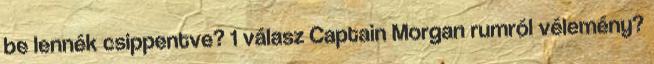
be lennék csippentve? 1 válasz Captain Morgan rumról vélemény?